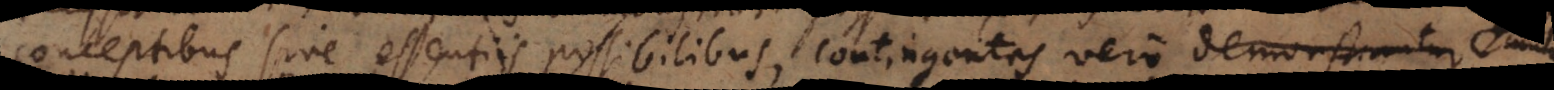
conceptibus sive essentiis possibilibus, contingentes vero demonstrantur se